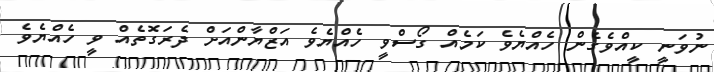
ނުވަނީ ކީއްވެގެން ހެއްޔެވެ ކަމެއް ގޯސްވީ ހެއްޔެވެ އަޒްޔާންއަށް ދެރަގޮތެއް ވީ ހެއްޔެވެ